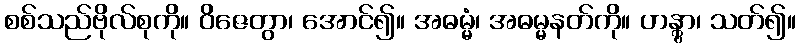
စစ်သည်ဗိုလ်စုကို။ ဝိဇေတွာ၊ အောင်၍။ အဓမ္မံ၊ အဓမ္မနတ်ကို။ ဟန္တွာ၊ သတ်၍။